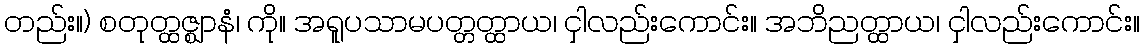
တည်း။) စတုတ္ထဇ္ဈာနံ၊ ကို။ အရူပသာမပတ္တတ္ထာယ၊ ငှါလည်းကောင်း။ အဘိညတ္ထာယ၊ ငှါလည်းကောင်း။